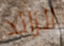
الزائد